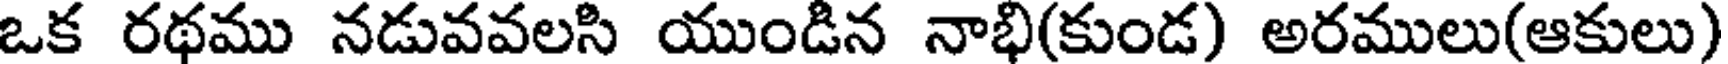
ఒక రథము నడువవలసి యుండిన నాభి(కుండ) అరములు(ఆకులు)